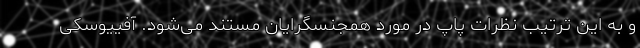
و به این ترتیب نظرات پاپ در مورد همجنسگرایان مستند می‌شود. آفییوسکی